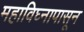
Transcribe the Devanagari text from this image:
महाविघ्नापासून